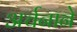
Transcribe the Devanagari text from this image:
अर्चनाने